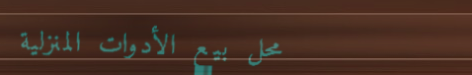
محل بيع الأدوات المنزلية